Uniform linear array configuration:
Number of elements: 48
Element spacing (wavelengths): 0.5
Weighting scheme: exponential
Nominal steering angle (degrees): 45
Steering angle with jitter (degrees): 43.955
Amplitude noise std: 0.05
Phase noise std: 0.05

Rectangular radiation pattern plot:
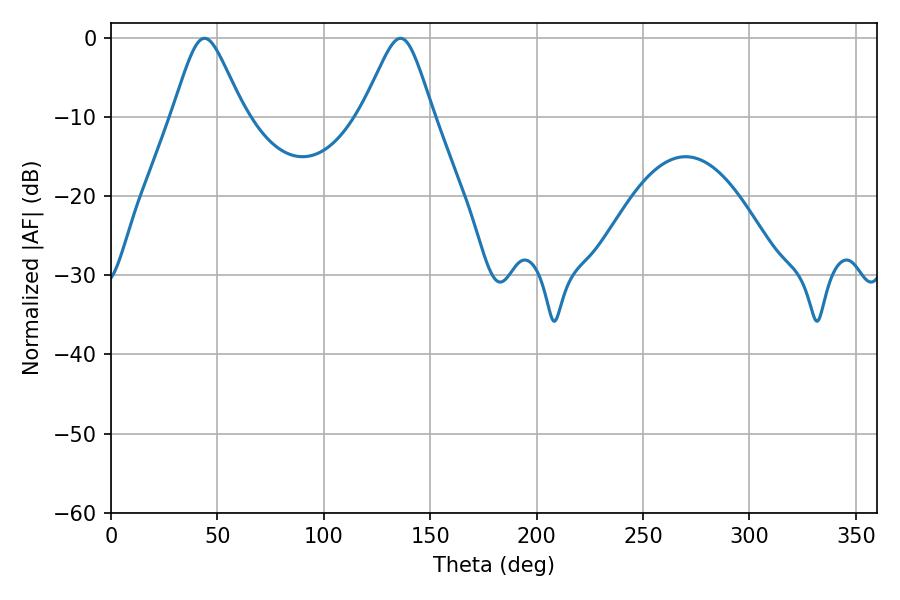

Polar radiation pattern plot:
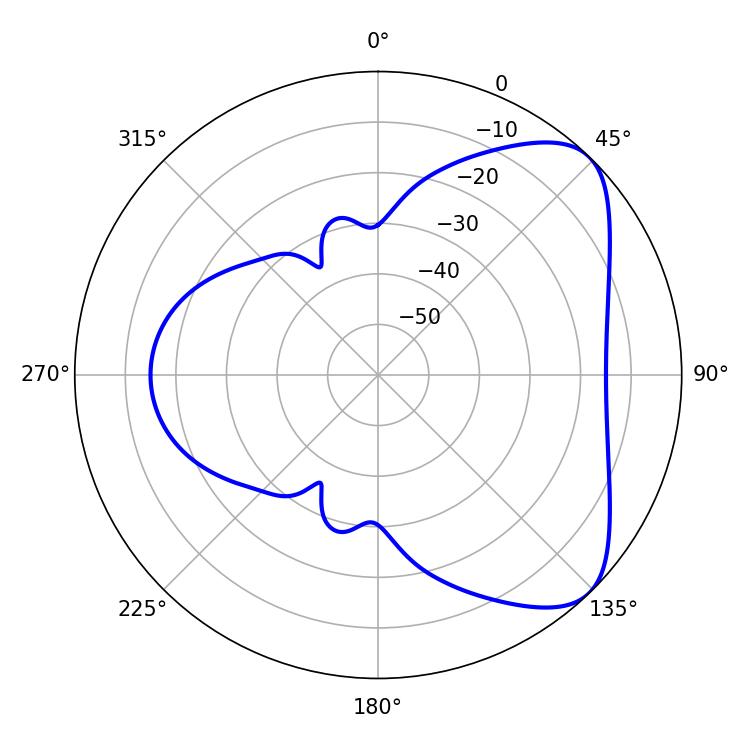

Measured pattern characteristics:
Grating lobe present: FALSE
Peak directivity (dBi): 6.204
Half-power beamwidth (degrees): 16.2
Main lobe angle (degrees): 43.92